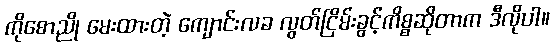
ကိုစောညို မေးထားတဲ့ ကျောင်းလခ လွတ်ငြိမ်းခွင့်ကိစ္စဆိုတာက ဒီလိုပါ။